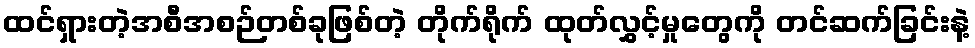
ထင်ရှားတဲ့အစီအစဉ်တစ်ခုဖြစ်တဲ့ တိုက်ရိုက် ထုတ်လွှင့်မှုတွေကို တင်ဆက်ခြင်းနဲ့